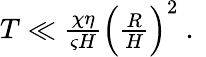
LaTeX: \begin{array}{r}{T\ll\frac{\chi\eta}{\varsigma H}\Big(\frac{R}{H}\Big)^{2}\ .\ }\end{array}